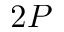
2 P